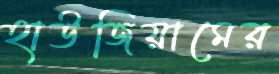
হাউজিয়ামের